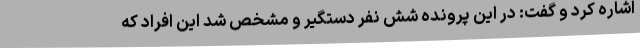
اشاره کرد و گفت: در این پرونده شش نفر دستگیر و مشخص شد این افراد که